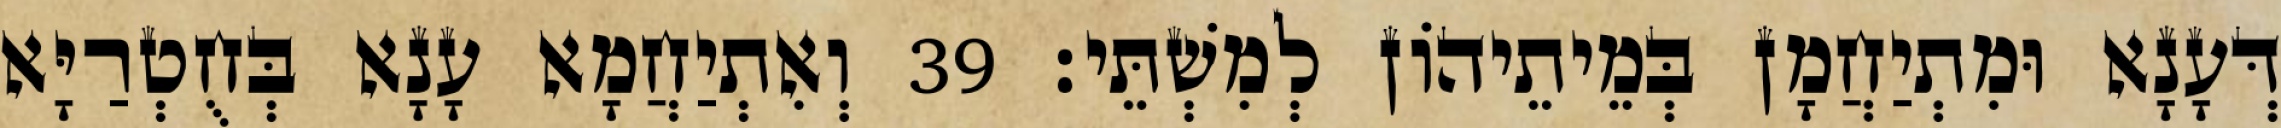
דְּעָנָא וּמִתְיַחֲמָן בְּמֵיתֵיהוֹן לְמִשְׁתֵּי׃ 39 וְאִתְיַחֲמָא עָנָא בְּחֻטְרַיָּא